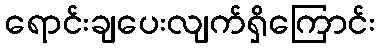
ရောင်းချပေးလျက်ရှိကြောင်း